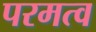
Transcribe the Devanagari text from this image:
परमत्व